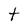
Character: t